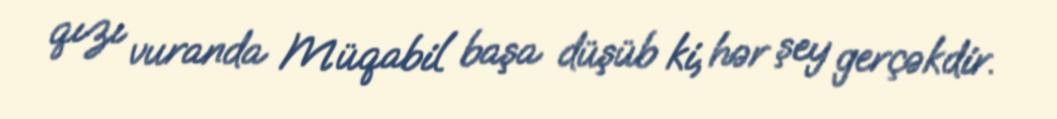
qızı vuranda Müqabil başa düşüb ki, hər şey gerçəkdir.